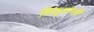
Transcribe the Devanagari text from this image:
सिंधुसंगमीं